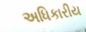
અધિકારીય